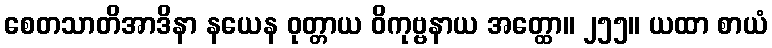
စေတသာတိအာဒိနာ နယေန ဝုတ္တာယ ဝိကုဗ္ဗနာယ အတ္ထော။ ၂၅၅။ ယထာ စာယံ